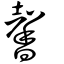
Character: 馨